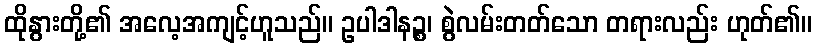
ထိုနွားတို့၏ အလေ့အကျင့်ဟူသည်။ ဥပါဒါနဉ္စ၊ စွဲလမ်းတတ်သော တရားလည်း ဟုတ်၏။